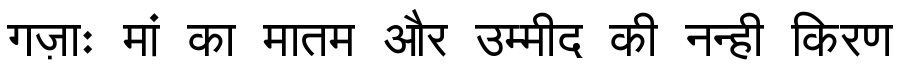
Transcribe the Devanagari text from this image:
गज़ाः मां का मातम और उम्मीद की नन्ही किरण